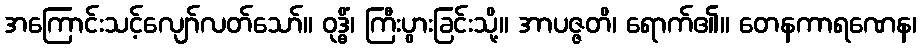
အကြောင်းသင့်လျော်လတ်သော်။ ဝုဒ္ဓိံ၊ ကြီးပွားခြင်းသို့။ အာပဇ္ဇတိ၊ ရောက်၏။ တေနကာရဏေန၊